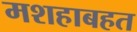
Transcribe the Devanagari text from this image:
मशहाबहत